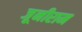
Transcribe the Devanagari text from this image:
जूनीराम